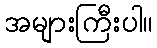
အများကြီးပါ။